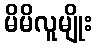
မိမိလူမျိုး